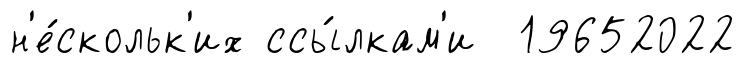
н'е́скольк'их ссы́лкам'и 19652022